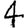
Digit: 4